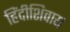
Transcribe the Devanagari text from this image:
हिंदीशिवाय